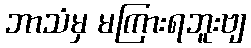
ဘာသံမှ မကြားရဘူးဗျ